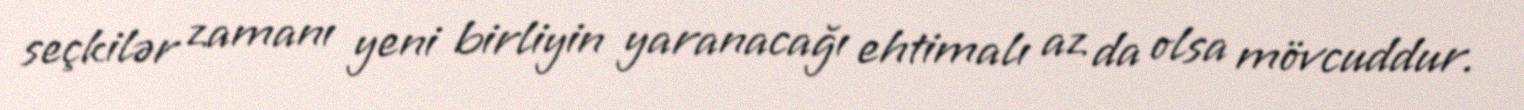
seçkilər zamanı yeni birliyin yaranacağı ehtimalı az da olsa mövcuddur.